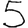
Digit: 5